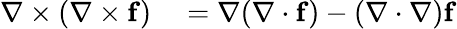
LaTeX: \begin{array}{rl}{\nabla\times(\nabla\times\mathbf{f})}&{{}=\nabla(\nabla\cdot\mathbf{f})-(\nabla\cdot\nabla)\mathbf{f}}\end{array}